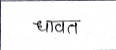
मजकूर: धावत